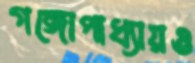
গঙ্গোপাধ্যায়ও